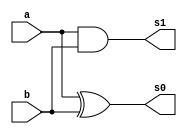
// --Pontificia Universidade Catolica de Minas Gerais
// -- Guia 04_2
// -- Nome: Jessica Luisa Betonico Andradde	Matricula: 412748

module HalfAdder (s0,s1,a,b);
input a,b;
output s0,s1;
xor XOR1 (s0,a,b);
and AND1 (s1,a,b);
endmodule //fim do circuito de meia-soma

module Adder (s0,s1,a,b,c);
input a,b,c;
output s0,s1;
wire q0,q1,q2;
HalfAdder A1 (q0,q1,a,b);
HalfAdder A2 (s0,q2,q0,c);
or OR1 (s1,q1,q2);
endmodule //fim da construcao do somador

module Teste_adder;

reg a,b,c;
wire s0,s1;
Adder A1 (s0,s1,a,b,c);
initial begin: start
 c=0;a=0;b=0;
end 

initial begin: main
$display ("Nome: Jessica Luisa Betonico Andradde	Matricula: 412748");
$display ("Soma Completa");
$display ("\n c | a | b | = | s1 | s0 |");
$monitor (" %b | %b | %b | = | %2b | %2b |",c,a,b,s1,s0);
#1 c=0;a=0;b=1;
#1 c=0;a=1;b=0;
#1 c=0;a=1;b=1;
#1 c=1;a=0;b=0;
#1 c=1;a=0;b=1;
#1 c=1;a=1;b=0;
#1 c=1;a=1;b=1;
end
endmodule